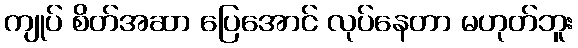
ကျုပ် စိတ်အဆာ ပြေအောင် လုပ်နေတာ မဟုတ်ဘူး